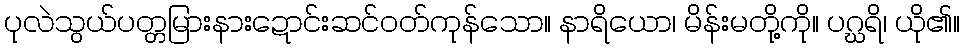
ပုလဲသွယ်ပတ္တမြားနားဍောင်းဆင်ဝတ်ကုန်သော။ နာရိယော၊ မိန်းမတို့ကို။ ပဂ္ဃရိ၊ ယို၏။